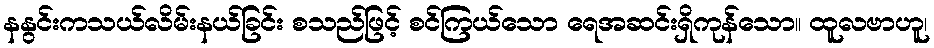
နနွင်းကသယ်လိမ်းနယ်ခြင်း စသည်ဖြင့် စင်ကြယ်သော ရေအဆင်းရှိကုန်သော။ ထူလဗာဟူ၊